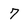
Character: 7